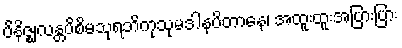
ပိနိဇ္ဈလန္တပိစိမသုရဘိကုသုမဒါနပိတာနေ၊ အထူးထူးအပြားပြား